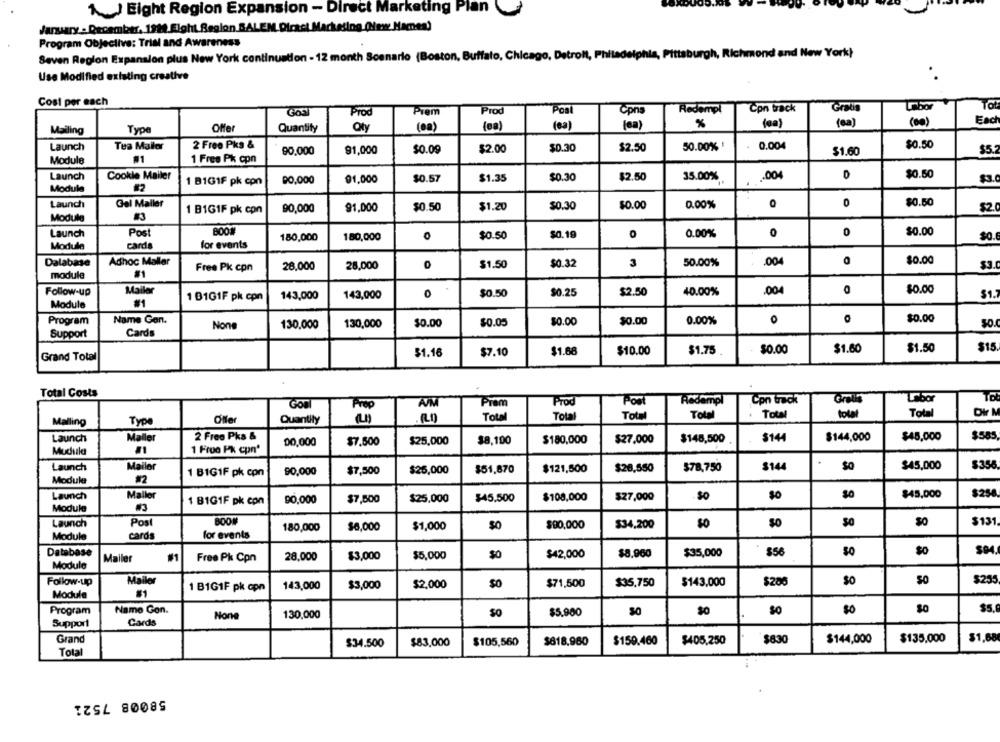
Eight Region Expansion - Direct Marketing Plan
January . December. 1914. Elght Region BALEM Direct Marketing (lew Namen)
Program Objective: Trial and Awareness
Seven Region Expansion plus New York continuation - 12 month Scenario (Boston, Buffalo, Chicago, Detroll, Philadelphia, Pittsburgh, Richmond and New York)
Use Modified existing creative
Cost per each
Gos
Prem
Prod
Redempt
Con track
Grau
Labor
Tot
Prod
Post
Cpna
Offer
(ea)
(a)
(60)
Es
Mailing
Type
Quantity
Oty
(oa)
Launch
Tea Mailer
2 Free Pks &
$2.00
$0.30
$2.50
50.00%
0.004
$0.50
90,000
91,000
$0.09
$1.60
$5.
Module
#1
1 Free Pk cpn
Launch
Cookle Mailer
$0.57
$1.35
$0.30
$2.50
35.00%
.. 004
$0.50
1 B1G1F pk con
PO,000
91.000
$3.
Module
#2
Launch
Gel Maller
$0.50
$1.20
$0.30
$0.00
0.00%
0
0
$0.50
$2.
1 B1GIF pk con
90,000
91,000
Module
#3
BOO#
0
Launch
Post
180,000
180,000
$0.50
$0.19
0
0.00%
$0.00
$0.
cards
for events
Module
$0.00
Dalabase
Adhoc Mallar
28,000
28,000
$1.50
$0.32
3
50.00%
.004
module
Free Pk cpn
Mailer
$0.00
Follow-up
1 01G1F pk cpn
143,000
143,000
0
$0.50
$0.25
$2.50
40.00%
.004
$1.
Module
#1
Name Gen.
$0.00
Program
130.000
130,000
$0.00
$0.05
$0.00
$0.00
0.00%
O
Support
Cards
$1.60
$1.50
$15
$1.16
$7.10
$1.66
$10.00
$1.75 .
$0.00
Grand Total
Total Costs
Redampl
Con track
Gratis
Libor
To
Gon
Prep
Prem
Prod
Post
Total
Total
Total
Total
total
Total
Dr
Mailing
Type
Quantily
Total
Launch
2 Free Pka &
$145,500
$144,000
$45,000
$58
Maller
00,000
$7.500
$25,000
$8,100
$180,000
$27,000
$144
Mudula
1 Frue Pk cpnº
Launch
Mailor
$20,550
$78,750
$144
$o
$45,000
$358
1 B1G1F pk con
90,000
$7,500
$25,000
$51,870
$121,500
Module
#2
Launch
Maller
$25,000
$108,000
$27,000
$0
30
$45,000
$29
1 B1G1F pk con
90,000
$7,500
$45.500
Module
BOOM
Launch
Post
180,000
$6,000
$1,000
$0
$90,000
$34,200
50
$131
cards
for events
Module
$94.
Database
28,000
$3,000
$5,000
$0
$42,000
$8.960
$35,000
$56
$0
Module
Mailer
Free Pk Cpn
Follow-up
Mailor
143,000
$3,000
$2,000
$0
$71,500
$35,750
$143,000
$286
$0
$25
Module
1 B1GIF pk cpn
Name Gon.
$5.
Program
130,000
$5.900
$0
$0
$0
Support
Cards
Grand
$135.000
$1,68
$34.500
$83,000
$105,560
$818,960
$159.460
$405,250
$830
$144,000
Total
58008 7521